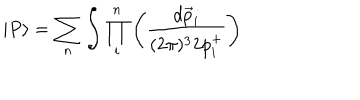
\vert P \rangle = \sum _ { n } \int \prod _ { i } ^ { n } \left( \frac { d \vec { p } _ { i } } { ( 2 \pi ) ^ { 3 } 2 p _ { i } ^ { + } } \right)